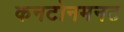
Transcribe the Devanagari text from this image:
कनटोनमनट